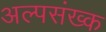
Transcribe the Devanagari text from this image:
अल्पसंख्क